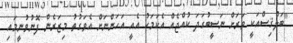
"ބަލްޤިސްއަކީ ވަރަށް ނަސީބުގަދަ ކުއްޖެއް އެކަމަކު އެއީ އަހަންނަށް އެވަގުތު މިޒަރެން ފޮނުވުނީމައި